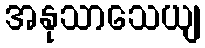
အနုသာသေယျ